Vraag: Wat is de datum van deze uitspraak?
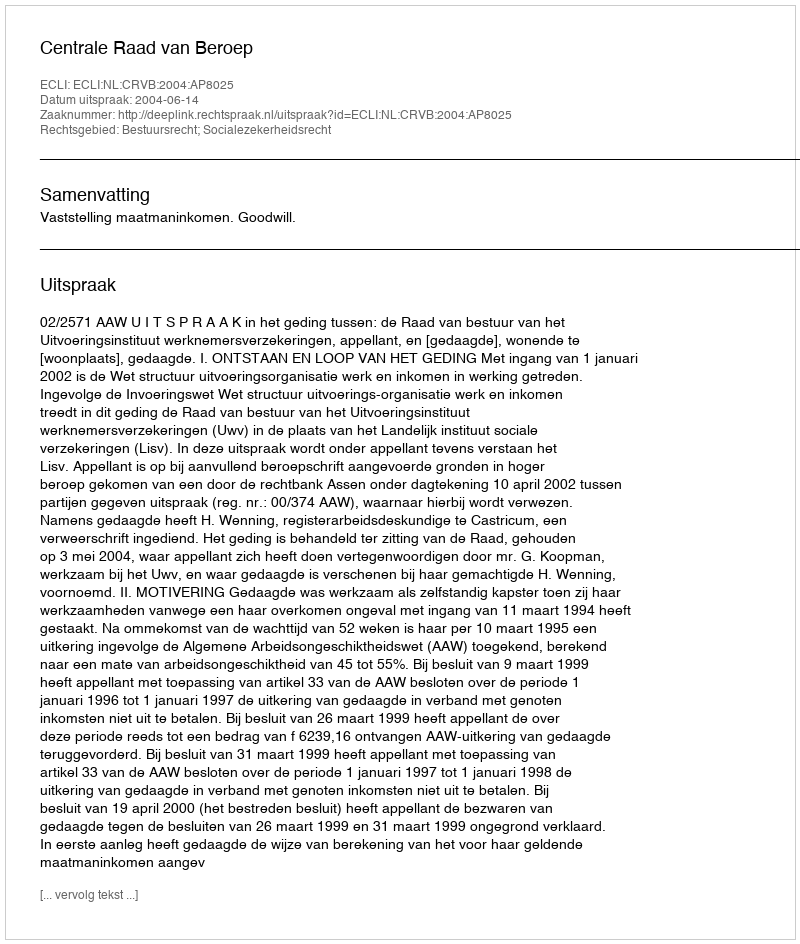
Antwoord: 2004-06-14